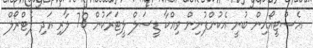
އެސްޓީއޯއިން ބުނީ އެކުންފުނިން ވިއްކާ ޑީސަލް ލީޓަރަކުން 78 ލާރި އަދި ޕެޓްރޯލް